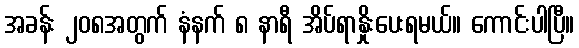
အခန်း ၂၀၈အတွက် နံနက် ၈ နာရီ အိပ်ရာနှိုးပေးရမယ်။ ကောင်းပါပြီ။